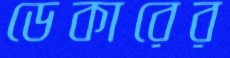
ডেকারের